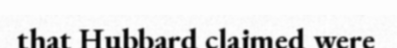
that Hubbard claimed were